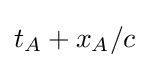
t_{A}+x_{A}/c